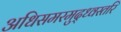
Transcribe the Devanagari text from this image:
अधिसमरमुद्ध्वस्तरि